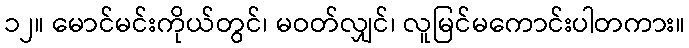
၁၂။ မောင်မင်းကိုယ်တွင်၊ မဝတ်လျှင်၊ လူမြင်မကောင်းပါတကား။